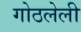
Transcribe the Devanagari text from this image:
गोठलेली